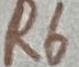
Text: R6